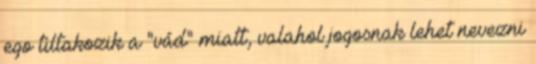
ego tiltakozik a "vád" miatt, valahol jogosnak lehet nevezni